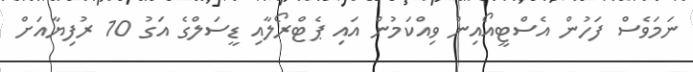
ނަމަވެސް ފަހުން އެސްޓީއޯއިން ވިއްކަމުން އައި ޕެޓްރޯލާއި ޑީސަލްގެ އަގު 10 ރުފިޔާއަށް